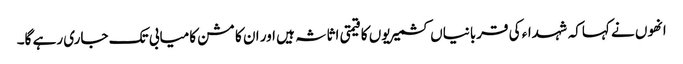
انھوں نے کہاکہ شہداء کی قربانیاں کشمیریوں کا قیمتی اثاثہ ہیں اور ان کا مشن کامیابی تک جاری رہے گا۔